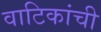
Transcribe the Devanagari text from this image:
वाटिकांची